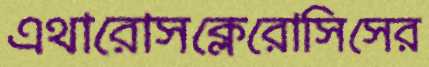
এথারোসক্লেরোসিসের